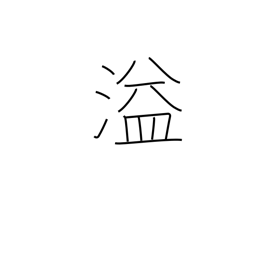
Meaning: spill